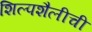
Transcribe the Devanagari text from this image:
शिल्पशैलीची